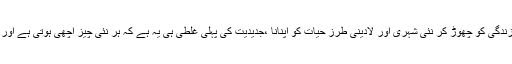
انسان کا پرانی ، دیہاتی ،مذہبی طرز زندگی کو چھوڑ کر نئی شہری اور لادینی طرز حیات کو اپنانا ،جدیدیت کی پہلی غلطی ہی یہ ہے کہ ہر نئی چیز اچھی ہوتی ہے اور ہر پرانی چیز فرسودہ اور بیکار ہے ۔